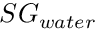
S G _ { w a t e r }